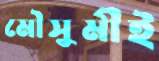
মৌসুমীই